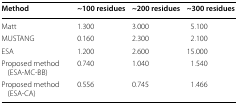
| Method | ~100 residues | ~200 residues | ~300 residues |
 | --- | --- | --- | --- |
 | Matt | 1.300 | 3.000 | 5.100 |
 | MUSTANG | 0.160 | 2.300 | 2.100 |
 | ESA | 1.200 | 2.600 | 15.000 |
 | Proposed method (ESA-MC-BB) | 0.740 | 1.040 | 1.540 |
 | Proposed method (ESA-CA) | 0.556 | 0.745 | 1.466 |